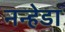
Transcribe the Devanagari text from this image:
नन्हेडा